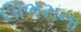
ઊભરાના